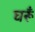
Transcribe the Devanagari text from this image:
घरूँ